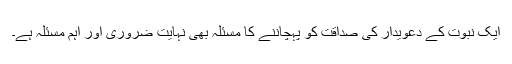
ایک نبوت کے دعویدار کی صداقت کو پہچاننے کا مسئلہ بھی نہایت ضروری اور اہم مسئلہ ہے۔